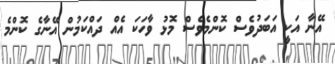
އޭނާ އަކީ އަބަދުވެސް ކޮންމެވެސް މޮޅު ވާހަކަ އެއް ދައްކަމުން އޭނާގެ ކޮންމެ